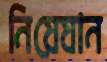
নিয়েযান